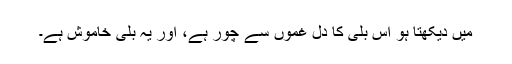
میں دیکھتا ہو اس بلی کا دل غموں سے چور ہے، اور یہ بلی خاموش ہے۔